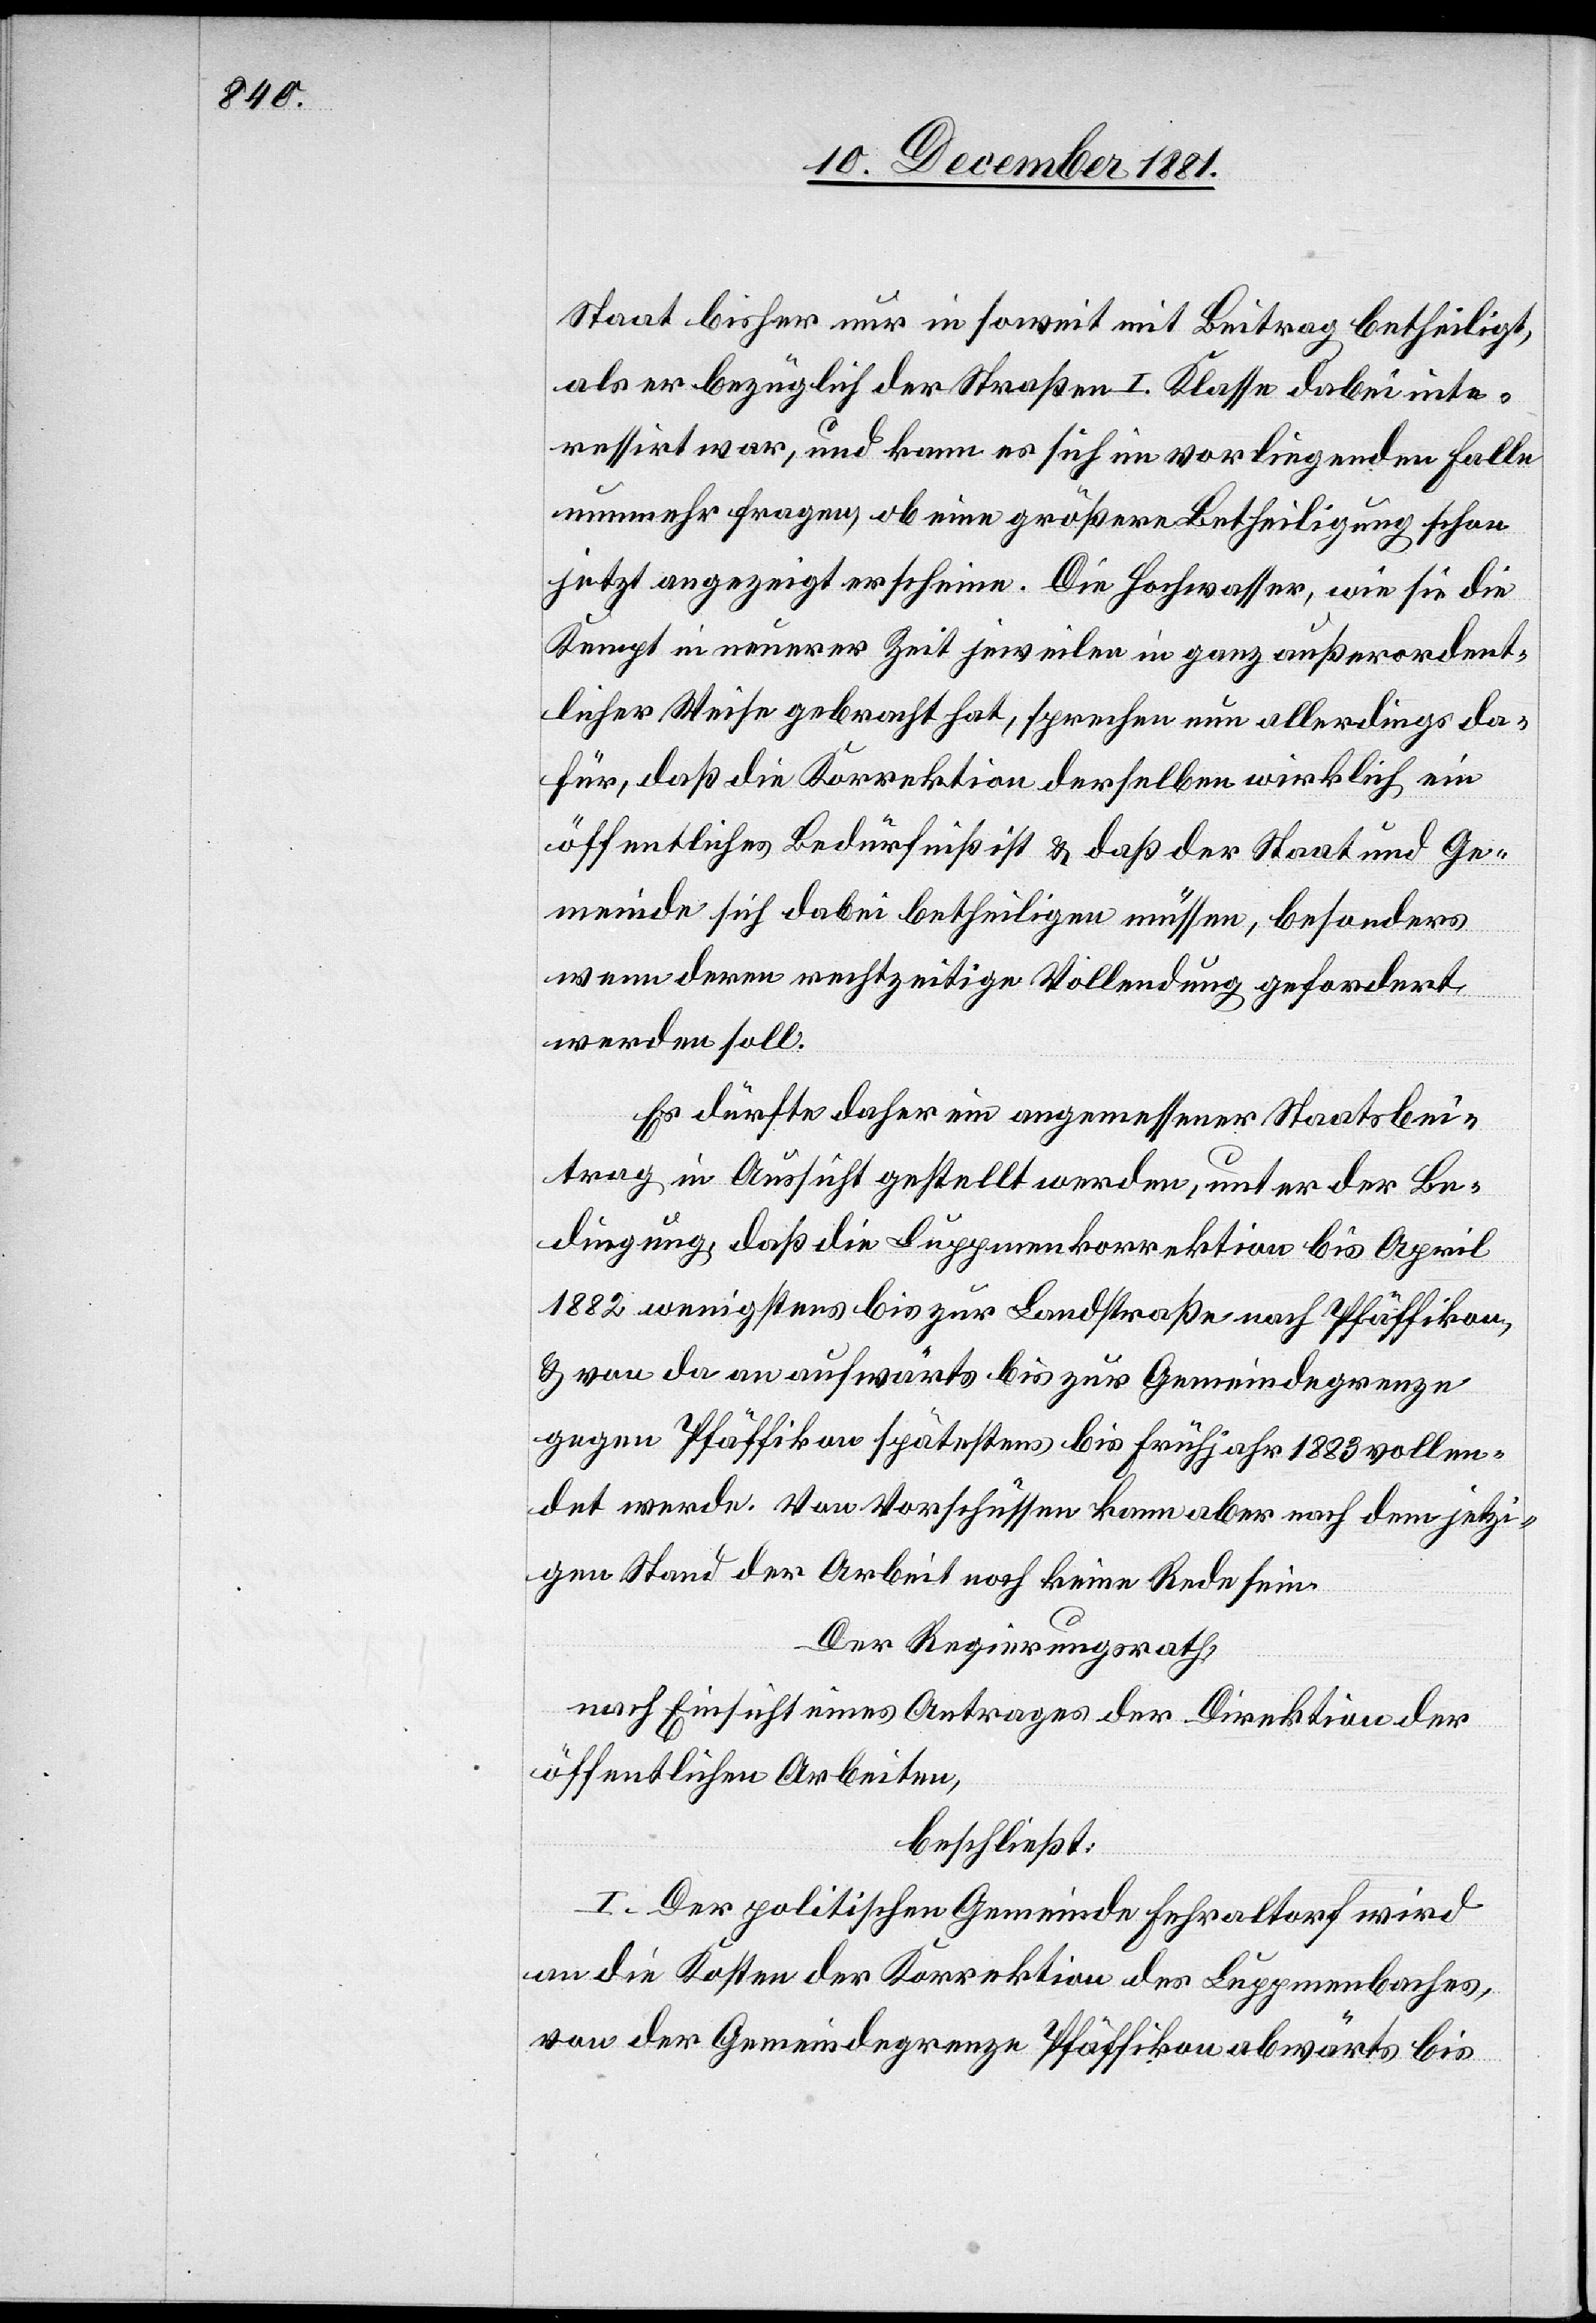
Staat bisher nur in soweit mit Beitrag betheiligt,
als er bezüglich der Straßen I. Klasse dabei inte¬
ressirt war, und kann es sich im vorliegenden Falle
nunmehr fragen, ob eine größere Betheiligung schon
jetzt angezeigt erscheine. Die Hochwasser, wie sie die
Kempt in neuerer Zeit jeweilen in ganz außerordent¬
licher Weise gebracht hat, sprechen nun allerdings da¬
für, daß die Korrektion derselben wirklich ein
öffentliches Bedürfniß ist & daß der Staat und Ge¬
meinde sich dabei betheiligen müssen, besonders
wenn deren rechtzeitige Vollendung gefordert
werden soll.
Es dürfte daher ein angemessener Staatsbei¬
trag in Aussicht gestellt werden, unter der Be¬
dingung, daß die Luppmenkorrektion bis April
1882 wenigstens bis zur Landstraße nach Pfäffikon,
& von da an aufwärts bis zur Gemeindegrenze
gegen Pfäffikon spätestens bis Frühjahr 1883 vollen¬
det werde. Von Vorschüssen kann aber nach dem jetzi¬
gen Stand der Arbeit noch keine Rede sein.
Der Regierungsrath,
nach Einsicht eines Antrages der Direktion der
öffentlichen Arbeiten,
beschließt:
I. Der politischen Gemeinde Fehraltorf wird
an die Kosten der Korrektion des Luppmenbaches,
von der Gemeindegrenze Pfäffikon abwärts bis